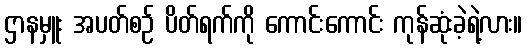
ဌာနမှူး အပတ်စဉ် ပိတ်ရက်ကို ကောင်းကောင်း ကုန်ဆုံးခဲ့ရဲ့လား။